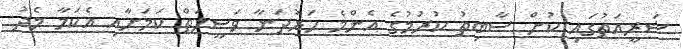
ޝަރީއަތުގައި ކުށް ސާބިތު ކުރުމުގެ އެންމެ ހަރުދަނާ ވަސީލަތް ކަމަށާއި އެކަމާ މެދު